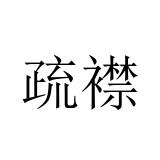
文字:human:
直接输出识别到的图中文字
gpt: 疏襟